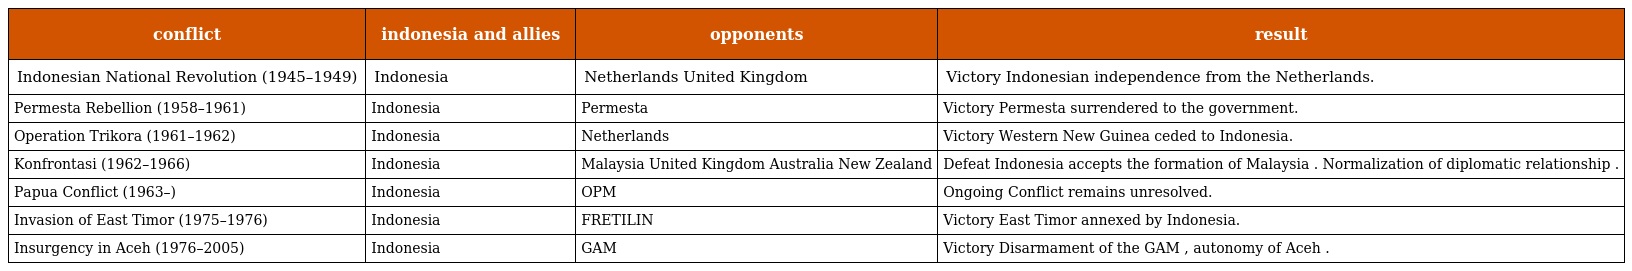
| conflict | indonesia and allies | opponents | result |
 | --- | --- | --- | --- |
 | Indonesian National Revolution (1945–1949) | Indonesia | Netherlands United Kingdom | Victory Indonesian independence from the Netherlands. |
 | Permesta Rebellion (1958–1961) | Indonesia | Permesta | Victory Permesta surrendered to the government. |
 | Operation Trikora (1961–1962) | Indonesia | Netherlands | Victory Western New Guinea ceded to Indonesia. |
 | Konfrontasi (1962–1966) | Indonesia | Malaysia United Kingdom Australia New Zealand | Defeat Indonesia accepts the formation of Malaysia . Normalization of diplomatic relationship . |
 | Papua Conflict (1963–) | Indonesia | OPM | Ongoing Conflict remains unresolved. |
 | Invasion of East Timor (1975–1976) | Indonesia | FRETILIN | Victory East Timor annexed by Indonesia. |
 | Insurgency in Aceh (1976–2005) | Indonesia | GAM | Victory Disarmament of the GAM , autonomy of Aceh . |